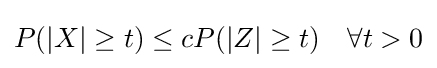
P(|X|\geq t)\leq cP(|Z|\geq t)\quad \forall t>0